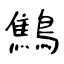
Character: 鷦